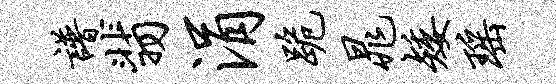
谱翡涓跪晁矮瑶